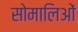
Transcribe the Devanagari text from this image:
सोमालिओं